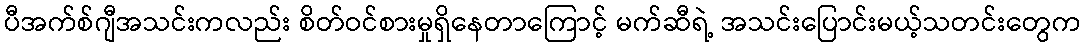
ပီအက်စ်ဂျီအသင်းကလည်း စိတ်ဝင်စားမှုရှိနေတာကြောင့် မက်ဆီရဲ့ အသင်းပြောင်းမယ့်သတင်းတွေက